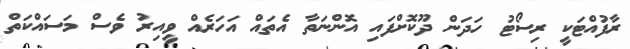
ރާފުއްޓަކީ ރިސޯޓު ހަދަން ދޫކޮށްފައި އޮންނަތާ އެތައް އަހަރެއް ވީއިރު ވެސް މަސައްކަތް